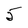
Character: 5